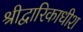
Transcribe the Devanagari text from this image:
श्रीद्वारिकाधीश